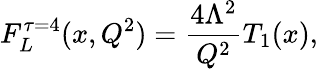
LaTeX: F_{L}^{\tau=4}(x,Q^{2})=\frac{4\Lambda^{2}}{Q^{2}}T_{1}(x),